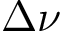
\Delta \nu